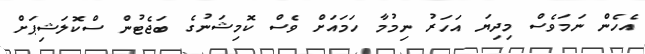
އެހެން ނަމަވެސް މިދިޔަ އަހަރު ނިމުމާ ހަމައަށް ވެސް ކޮމިޝަނުގެ ބަޖެޓުން ސްކޮލަޝިޕަށް